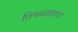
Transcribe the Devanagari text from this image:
विश्वनाथाचा